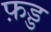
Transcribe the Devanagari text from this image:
फ़ड्ड